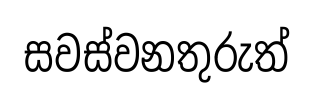
සවස්වනතුරුත්